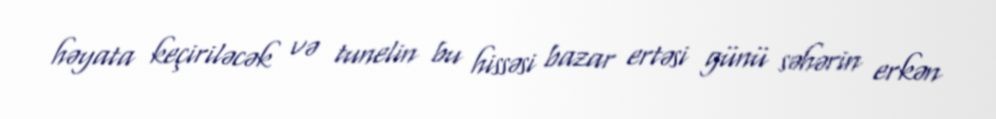
həyata keçiriləcək və tunelin bu hissəsi bazar ertəsi günü səhərin erkən